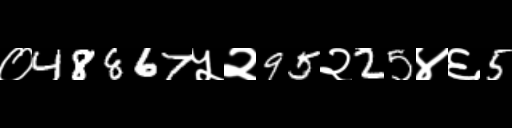
Text: ०48867५२95२25४६5